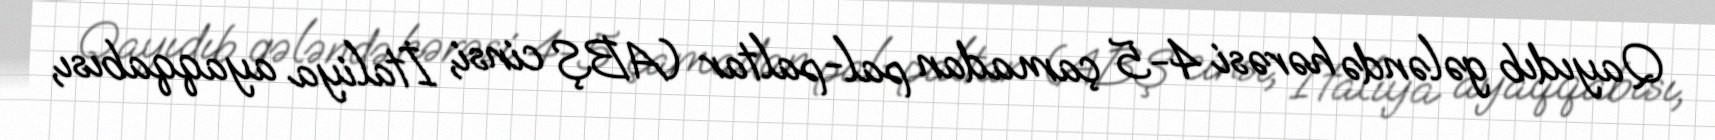
Qayıdıb gələndə hərəsi 4-5 çamadan pal-paltar (ABŞ cinsi, İtaliya ayaqqabısı,